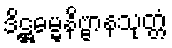
ဒိဋ္ဌဓမ္မနိဗ္ဗာနသုတ္တံ